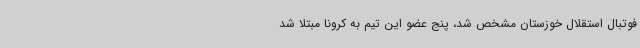
فوتبال استقلال خوزستان مشخص شد، پنج عضو این تیم به کرونا مبتلا شد